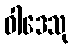
ဝါဒေသု